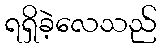
ရရှိခဲ့လေသည်